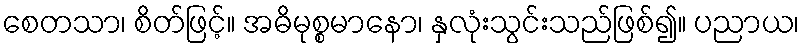
စေတသာ၊ စိတ်ဖြင့်။ အဓိမုစ္စမာနော၊ နှလုံးသွင်းသည်ဖြစ်၍။ ပညာယ၊